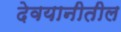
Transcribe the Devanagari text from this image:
देवयानीतील